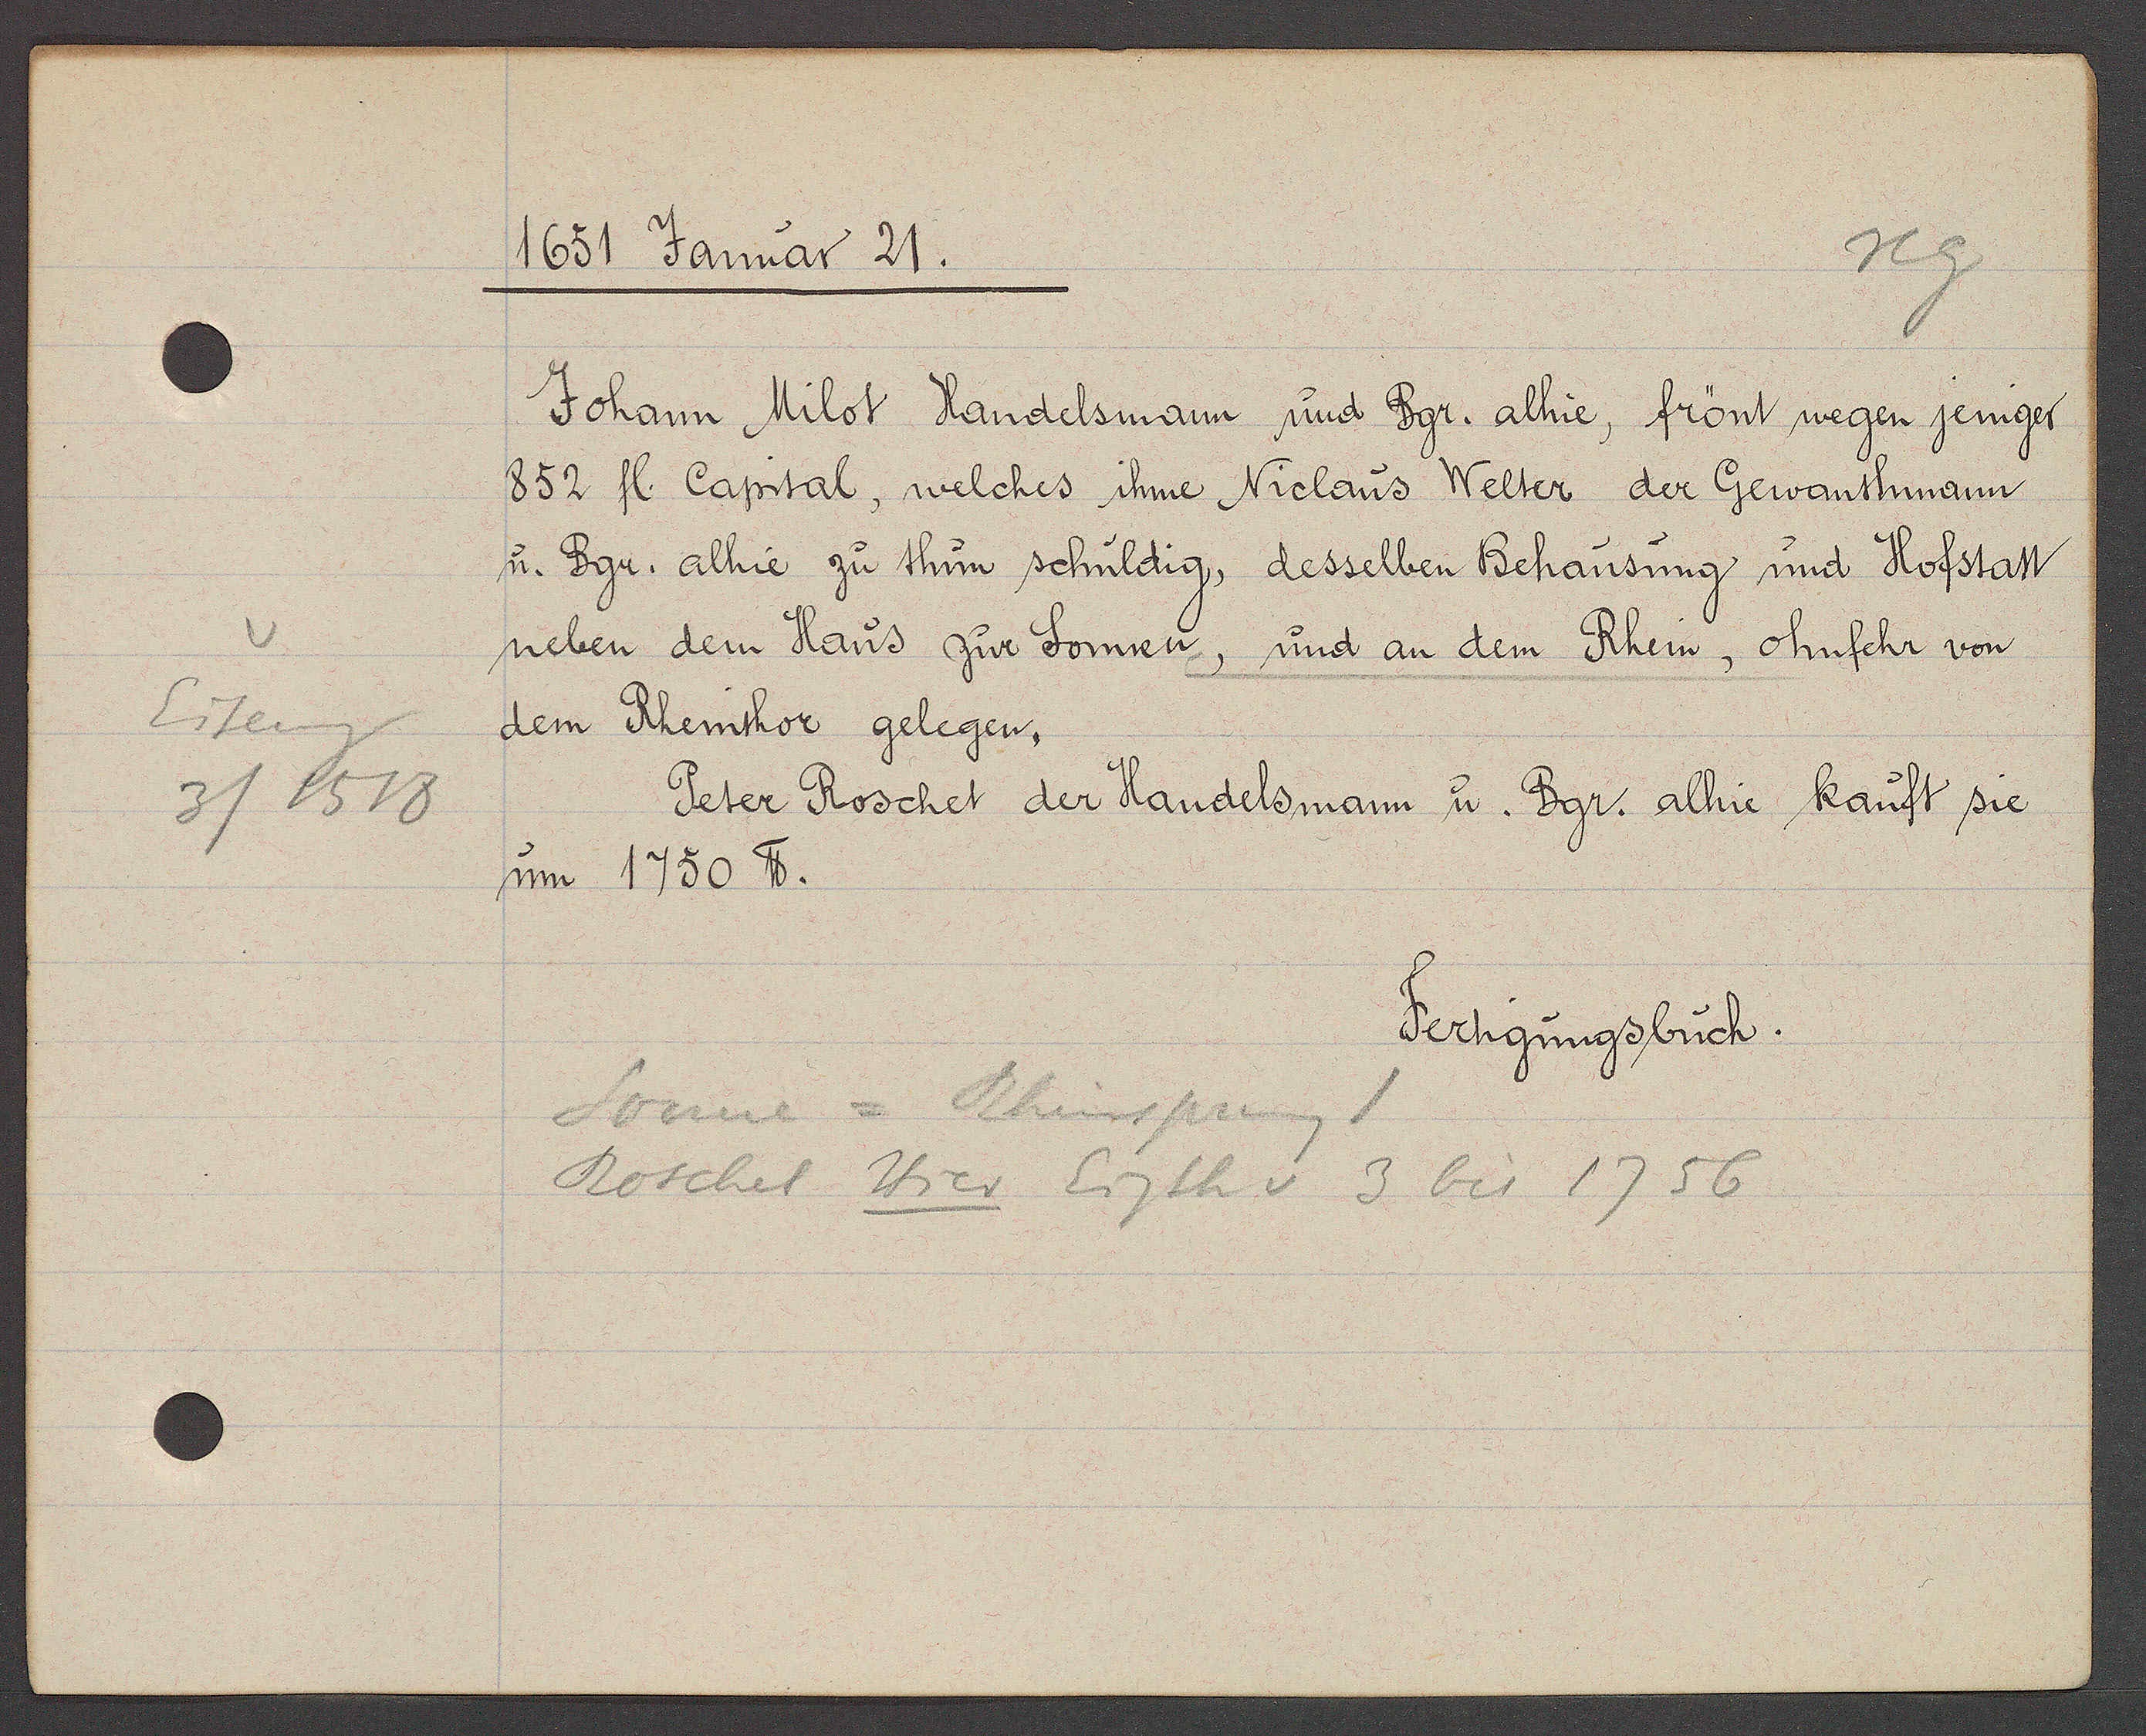
Transcript:
Eiseng
3 / 1518

1651 Januar 21.
Johann Milot Handelsmann und Bgr. alhie, frönt wegen jeniger
852 fl. Capital, welches ihme Niclaus Welter der Gewanthmann
u. Bgr. alhie zu thun schuldig, desselben Behausung und Hofstatt
neben dem Haus zur Sonnen, und an dem Rhein, ohnfehr von
dem Rheinthor gelegen,
Peter Roschet der Handelsmann u. Bgr. alhie kauft sie
um 1750 ℔.
Fertigungsbuch.
Sonne = Rheinsprung 1
Roschet Hier Eigth v 3 bis 1756